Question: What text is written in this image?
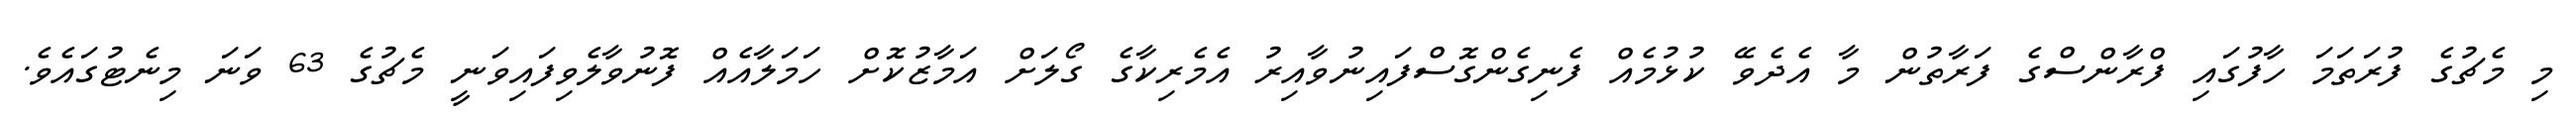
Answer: މި މެޗުގެ ފުރަތަމަ ހާފުގައި ފްރާންސްގެ ފަރާތުން މާ އެދެވޭ ކުޅުމެއް ފެނިގެންގޮސްފައިނުވާއިރު އެމެރިކާގެ ގޯލަށް އަމާޒުކޮށް ހަމަލާއެއް ފޮނުވާލެވިފައިވަނީ މެޗުގެ 63 ވަނަ މިނެޓުގައެވެ.